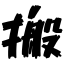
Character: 搬